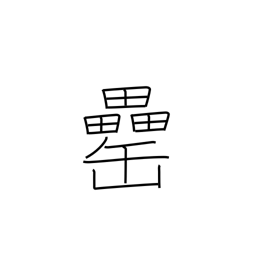
Meaning: liquor jar